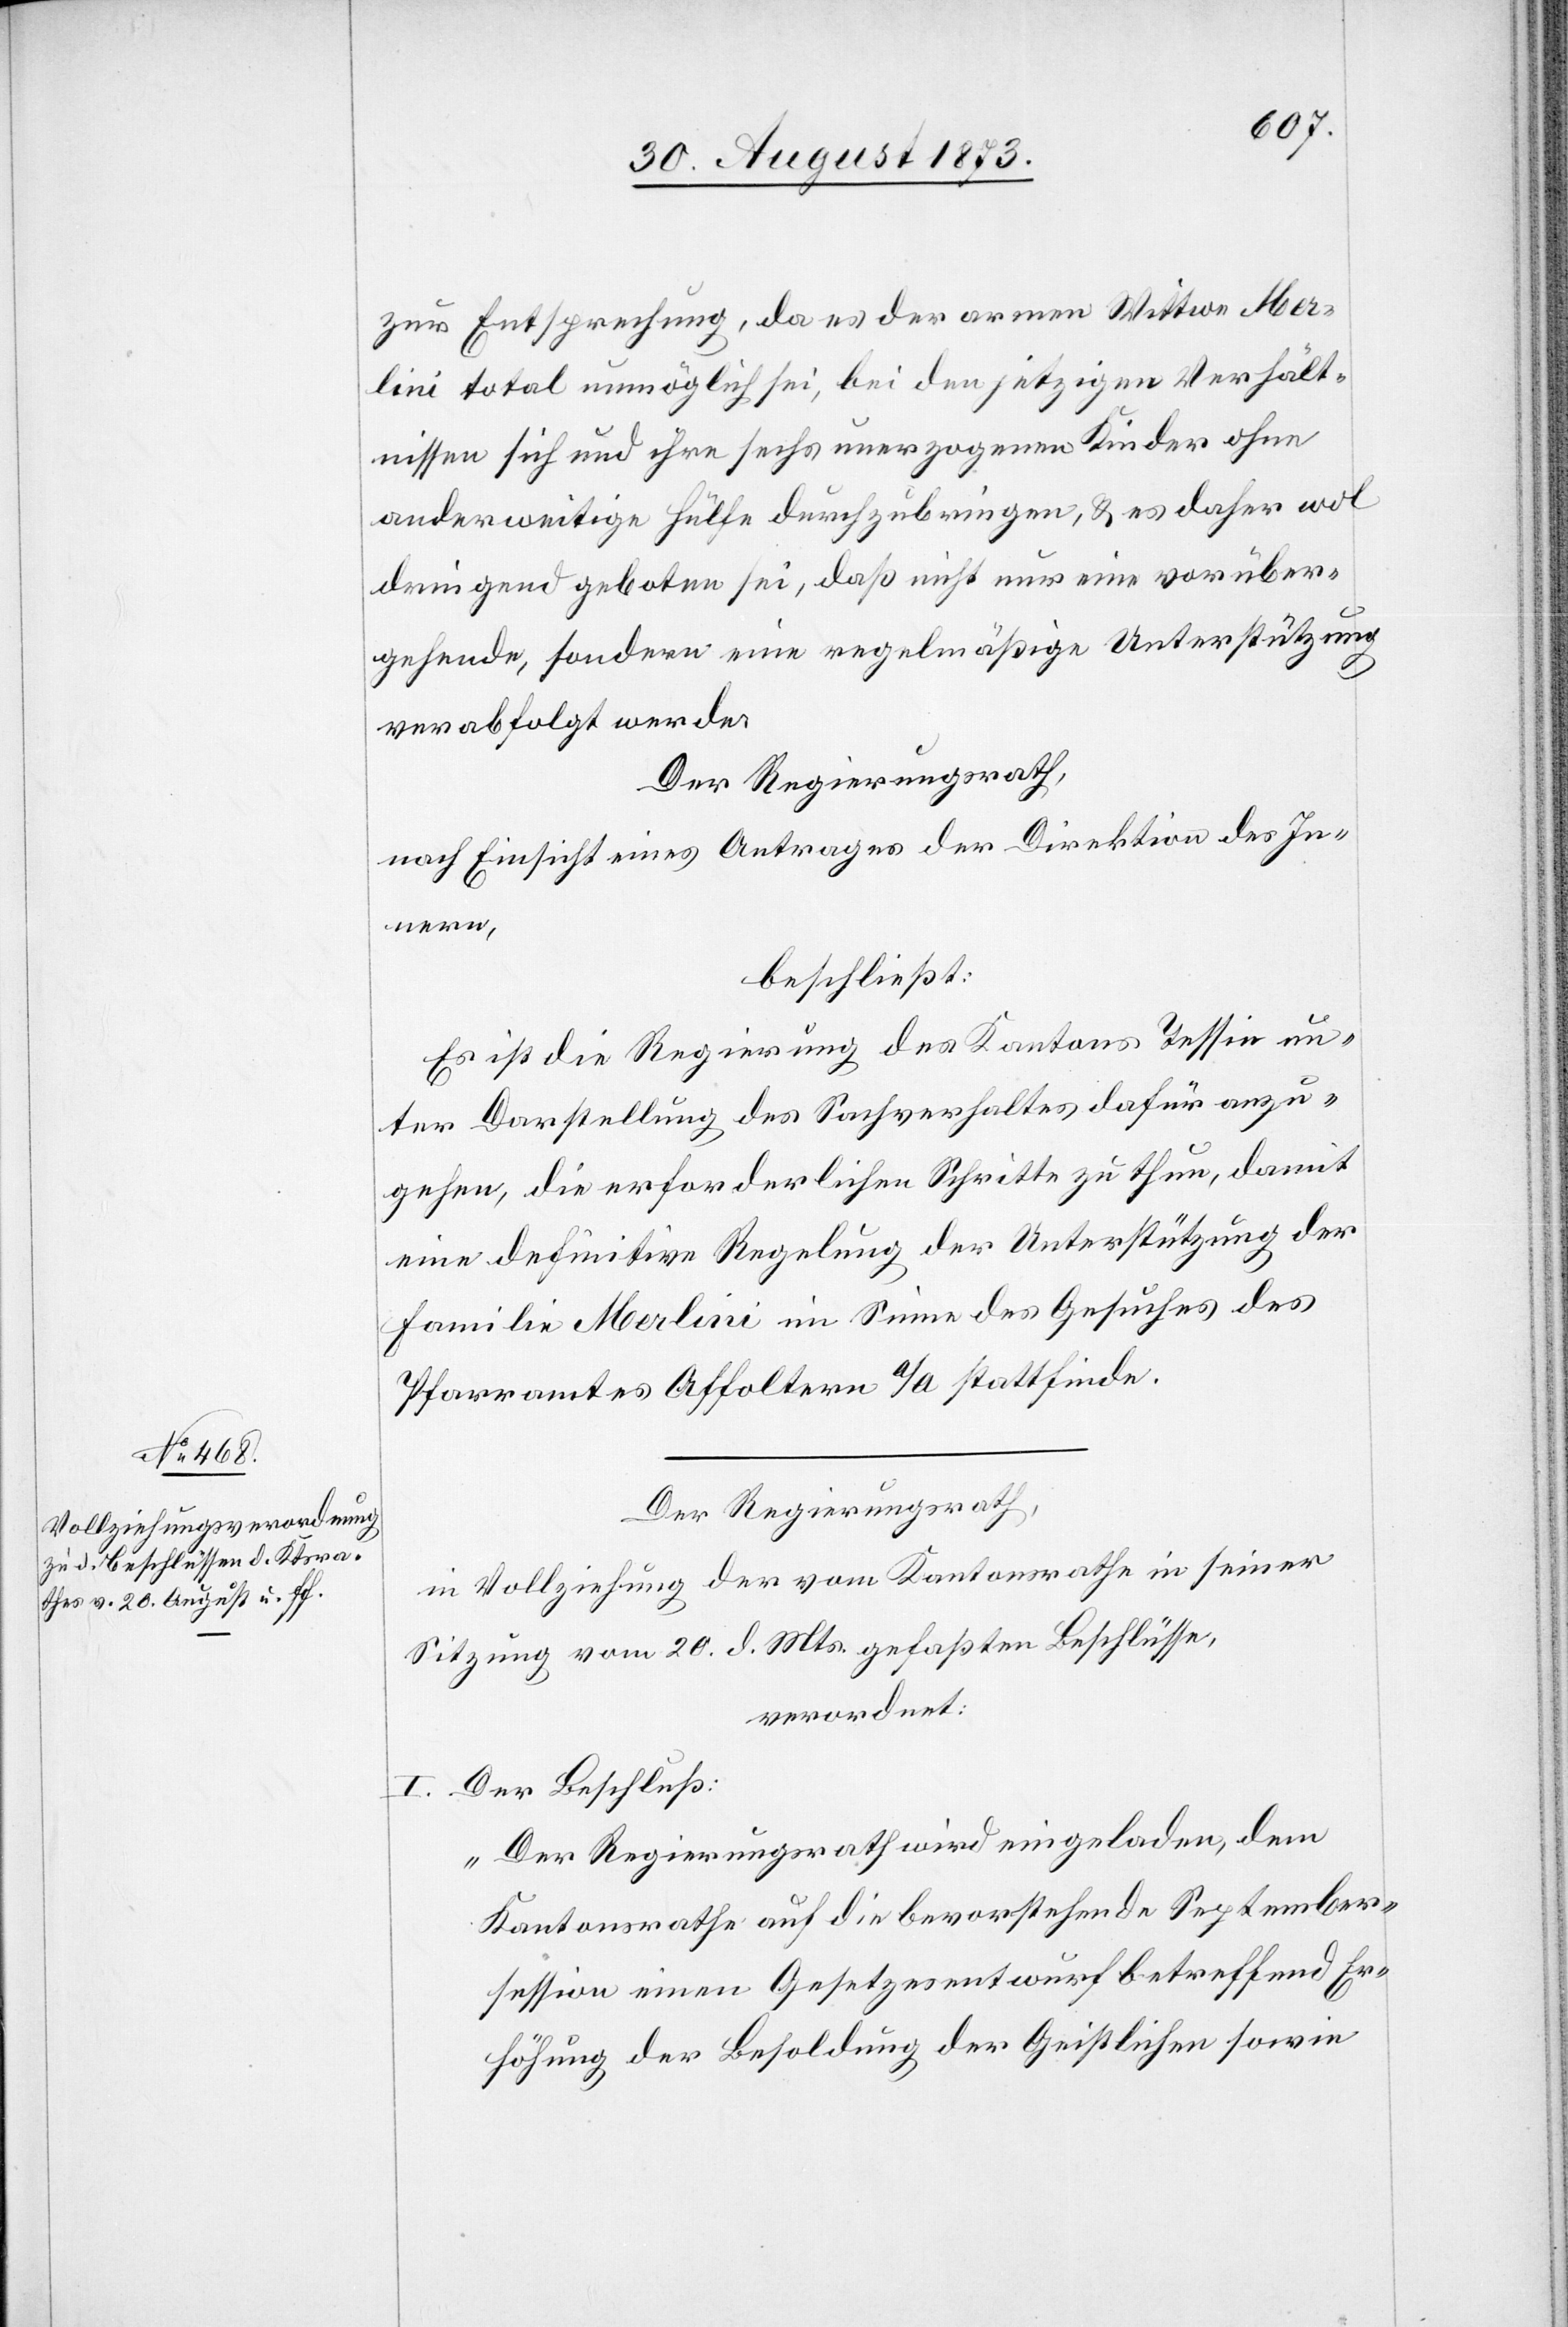
zur Entsprechung, da es der armen Wittwe Mer¬
lini total unmöglich sei, bei den jetzigen Verhält¬
nissen sich und ihre sechs unerzogenen Kinder ohne
anderweitige Hülfe durchzubringen, & es daher wol
dringend geboten sei, daß nicht nur eine vorüber¬
gehende, sondern eine regelmäßige Unterstützung
verabfolgt werde.
Der Regierungsrath,
nach Einsicht eines Antrages der Direktion des In¬
nern,
beschließt:
Es ist die Regierung des Kantons Tessin un¬
ter Darstellung des Sachverhaltes dafür anzu¬
gehen, die erforderlichen Schritte zu thun, damit
eine definitive Regelung der Unterstützung der
Familie Merlini im Sinne des Gesuches des
Pfarramtes Affoltern a/A stattfinde.
Der Regierungsrath,
in Vollziehung der vom Kantonsrathe in seiner
Sitzung vom 20. d. Mts. gefaßten Beschlüsse,
verordnet:
I. Der Beschluß:
„Der Regierungsrath wird eingeladen, dem
Kantonsrathe auf die bevorstehende September¬
session einen Gesetzesentwurf betreffend Er¬
höhung der Besoldung der Geistlichen sowie